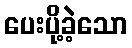
ပေးပို့ခဲ့သော